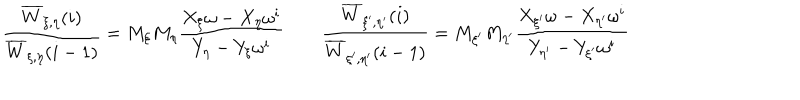
LaTeX: \frac { \overline { { { W } } } _ { \xi , \eta } ( i ) } { \overline { { { W } } } _ { \xi , \eta } ( i - 1 ) } = M _ { \xi } M _ { \eta } \frac { X _ { \xi } \omega - X _ { \eta } \omega ^ { i } } { Y _ { \eta } - Y _ { \xi } \omega ^ { i } } \qquad \frac { \overline { { { W } } } _ { \xi ^ { \prime } , \eta ^ { \prime } } ( i ) } { \overline { { { W } } } _ { \xi ^ { \prime } , \eta ^ { \prime } } ( i - 1 ) } = M _ { \xi ^ { \prime } } M _ { \eta ^ { \prime } } \frac { X _ { \xi ^ { \prime } } \omega - X _ { \eta ^ { \prime } } \omega ^ { i } } { Y _ { \eta ^ { \prime } } - Y _ { \xi ^ { \prime } } \omega ^ { i } } \qquad